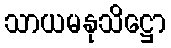
သာယမနုသိဋ္ဌော